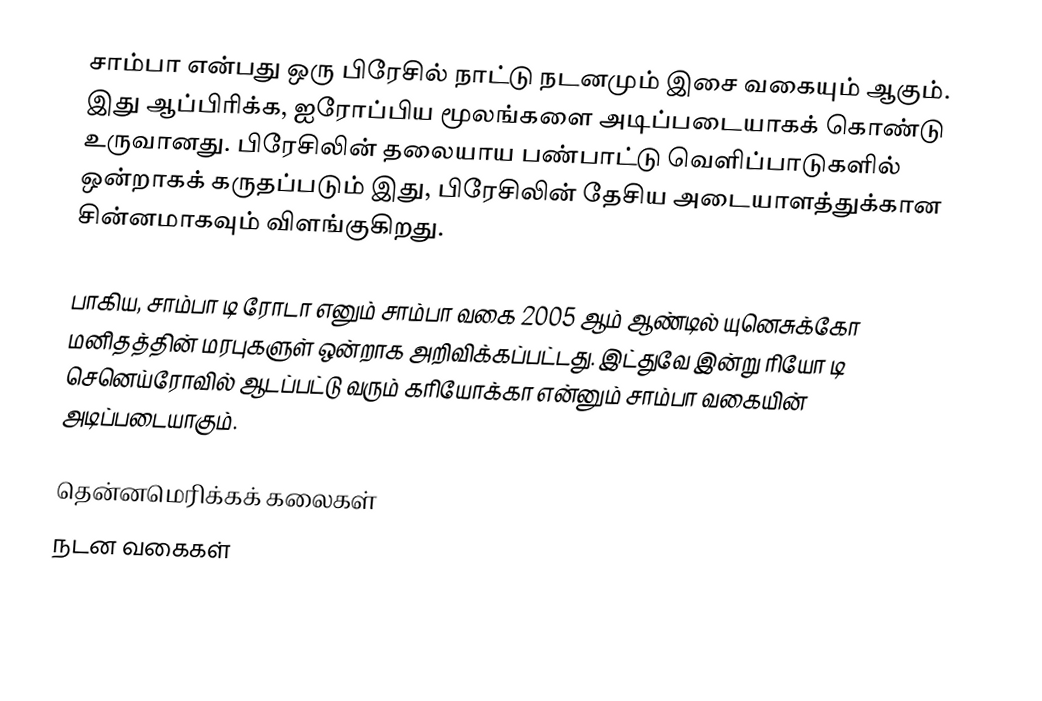
சாம்பா என்பது ஒரு பிரேசில் நாட்டு நடனமும் இசை வகையும் ஆகும். இது ஆப்பிரிக்க, ஐரோப்பிய மூலங்களை அடிப்படையாகக் கொண்டு உருவானது. பிரேசிலின் தலையாய பண்பாட்டு வெளிப்பாடுகளில் ஒன்றாகக் கருதப்படும் இது, பிரேசிலின் தேசிய அடையாளத்துக்கான சின்னமாகவும் விளங்குகிறது.

பாகிய, சாம்பா டி ரோடா எனும் சாம்பா வகை 2005 ஆம் ஆண்டில் யுனெசுக்கோ மனிதத்தின் மரபுகளுள் ஒன்றாக அறிவிக்கப்பட்டது. இட்துவே இன்று ரியோ டி செனெய்ரோவில் ஆடப்பட்டு வரும் கரியோக்கா என்னும் சாம்பா வகையின் அடிப்படையாகும்.

தென்னமெரிக்கக் கலைகள்
நடன வகைகள்